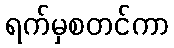
ရက်မှစတင်ကာ